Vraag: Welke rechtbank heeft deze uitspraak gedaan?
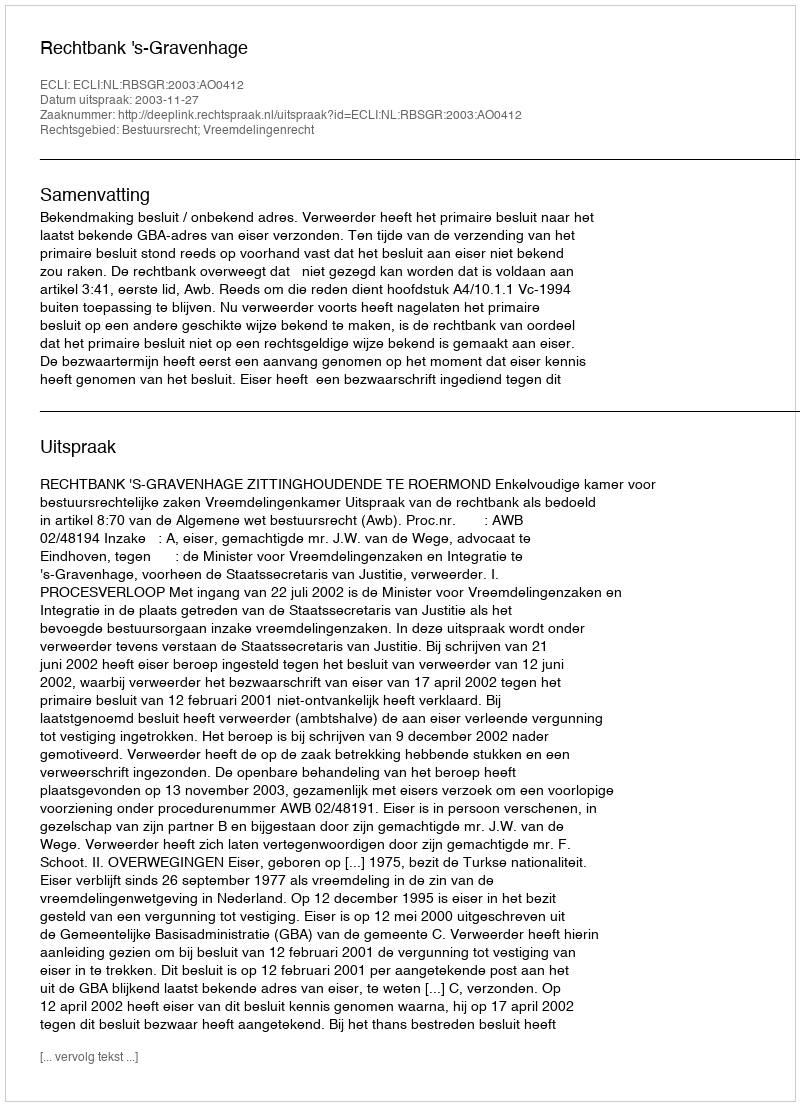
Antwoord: Rechtbank 's-Gravenhage